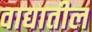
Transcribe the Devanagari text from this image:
वाद्यातील